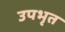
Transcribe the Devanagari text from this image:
उपभृत